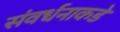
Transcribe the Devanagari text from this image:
संवर्धनाकडे